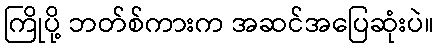
ကြိုပို့ ဘတ်စ်ကားက အဆင်အပြေဆုံးပဲ။